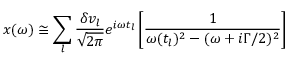
x ( \omega ) \cong \sum _ { l } \frac { \delta v _ { l } } { \sqrt { 2 \pi } } e ^ { i \omega t _ { l } } \left[ \frac { 1 } { \omega ( t _ { l } ) ^ { 2 } - ( \omega + i \Gamma / 2 ) ^ { 2 } } \right]